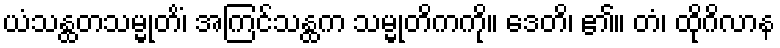
ယံသန္ထတသမ္မုတိံ၊ အကြင်သန္ထက သမ္မုတိကကို။ ဒေတိ၊ ၏။ တံ၊ ထိုဂိလာန